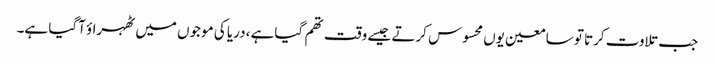
جب تلاوت کرتا تو سامعین یوں محسوس کرتے جیسے وقت تھم گیا ہے، دریا کی موجوں میں ٹھہراؤ آگیا ہے۔